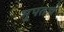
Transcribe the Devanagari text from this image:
भूपतचे